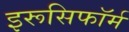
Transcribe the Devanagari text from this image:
इरूसिफॉर्म